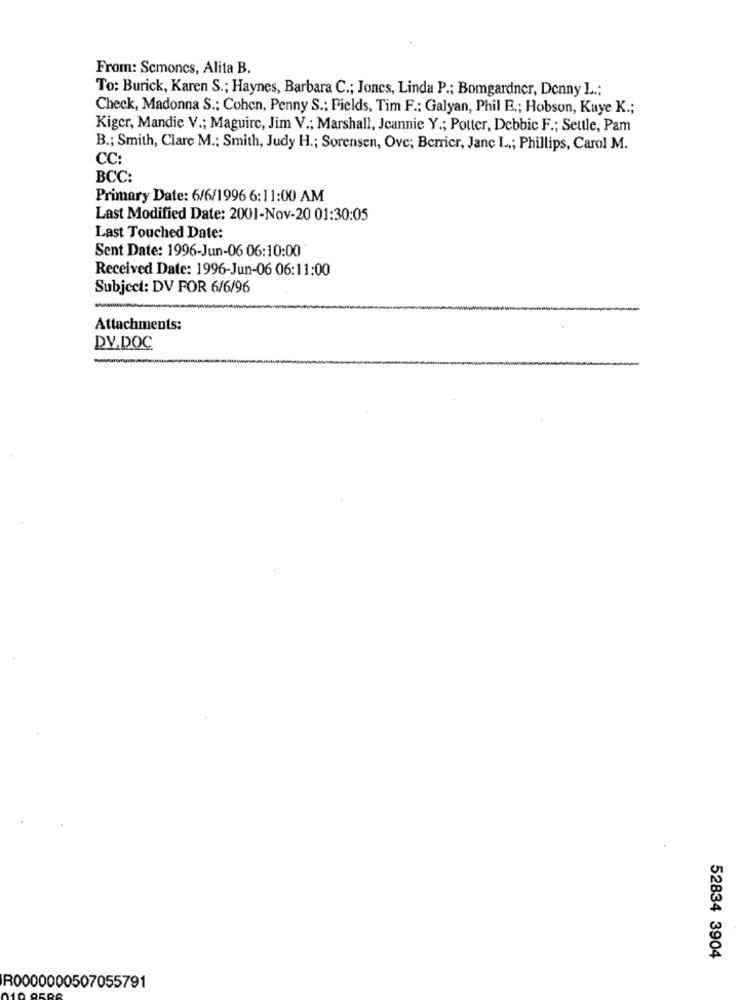
From: Scmoncs, Alita B.
To: Burick, Karen S .; Haynes, Barbara C .; Joncs, Linda P .; Bomgardner, Denny L .;
Check, Madonna S .: Cohen, Penny S .; Fields, Tim F .; Galyan, Phil E .; Hobson, Kaye K .;
Kiger, Mandie V .; Maguire, Jim V .; Marshall, Jeannie Y .; Potter, Debbic F .; Settle, Pam
B .; Smith, Clare M .; Smith, Judy H .; Sorensen, Ove; Berricr, Janç L .; Phillips, Carol M.
CC:
BCC:
Primary Date: 6/6/1996 6:11:00 AM
Last Modified Date: 2001-Nov-20 01:30:05
Last Touched Date:
Sent Date: 1996-Jun-06 06:10:00
Received Date: 1996-Jun-06 06:11:00
Subject: DV FOR 6/6/96
Attachments:
DV.DOC
52834 3904
R0000000507055791